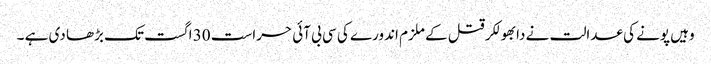
وہیں پونے کی عدالت نے دابھولکر قتل کے ملزم اندورے کی سی بی آئی حراست 30 اگست تک بڑھا دی ہے ۔